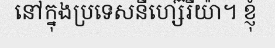
នៅក្នុងប្រទេសនីហ្ស៊េរីយ៉ា។ ខ្ញុំ